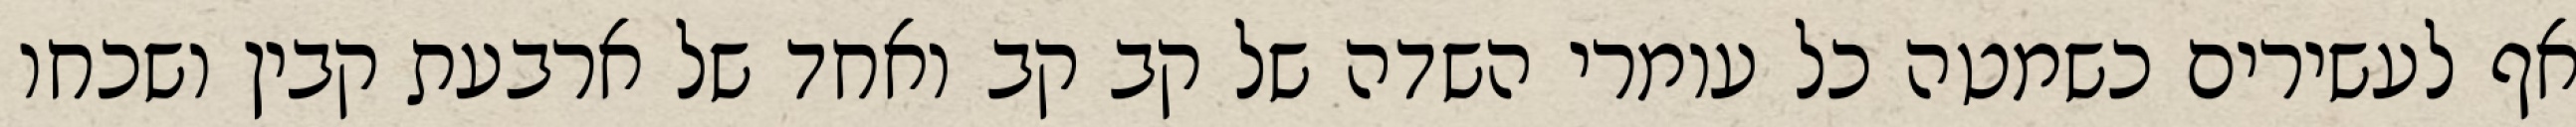
אף לעשירים כשמטה כל עומרי השדה של קב קב ואחד של ארבעת קבין ושכחו